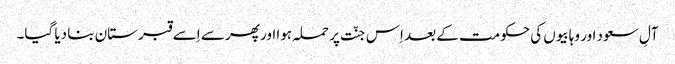
آلِ سعود اور وہابیوں کی حکومت کے بعد اِس جنّت پر حملہ ہوا اور پھر سے اِسے قبرستان بنا دیا گیا۔